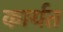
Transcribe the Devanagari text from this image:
कार्यत